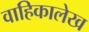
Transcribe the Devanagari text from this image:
वाहिकालेख